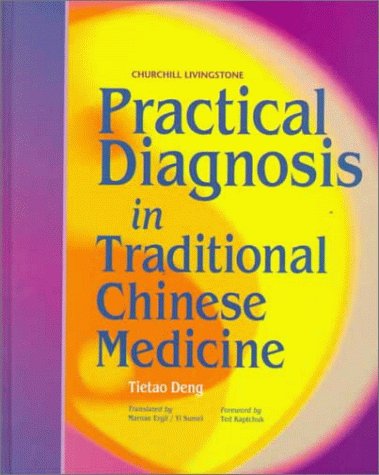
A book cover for Practical Diagnosis in Traditional Chinese Medicine, 1e; Tietao Deng; Health, Fitness & Dieting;